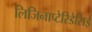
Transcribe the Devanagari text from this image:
लिजिनाप्टेरिडेसिई